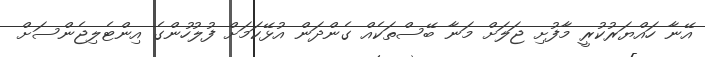
އޭނާ ހައްޔަރުކުރީ މާފުށި ޖަލަށް މަނާ ބޭސްތަކެއް ގެންދަން އުޅޭކަމަށް ފުލުހުންގެ އިންޓެލިޖެންސަށް